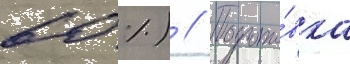
60 %) // Подгото́вка